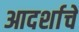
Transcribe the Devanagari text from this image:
आदर्शाचे